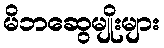
မိဘဆွေမျိုးများ